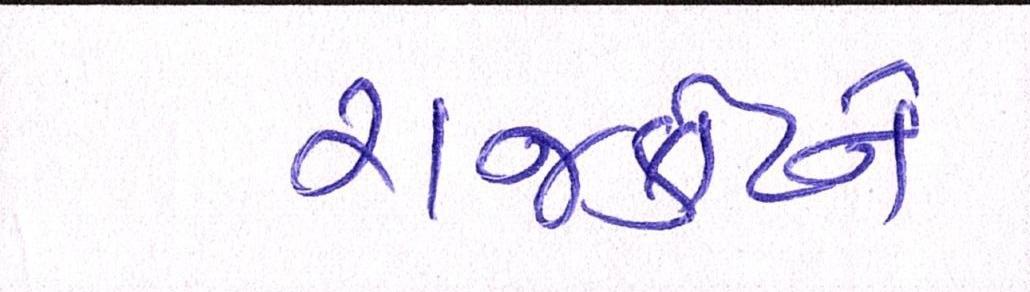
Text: રાજકોટને